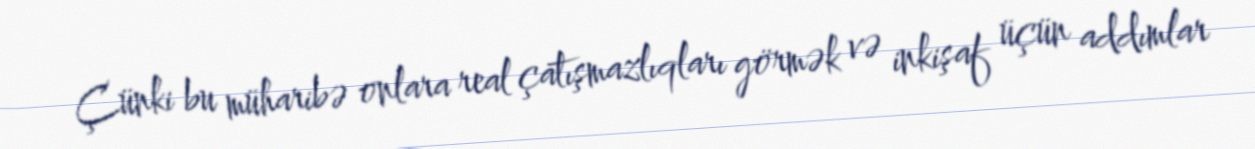
Çünki bu müharibə onlara real çatışmazlıqları görmək və inkişaf üçün addımlar